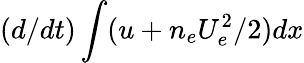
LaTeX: (d/dt)\int(u+n_{e}U_{e}^{2}/2)dx